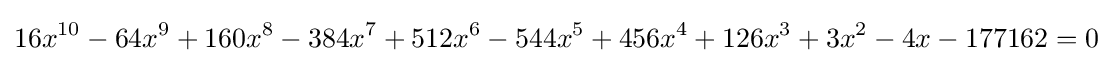
16x^{10}-64x^{9}+160x^{8}-384x^{7}+512x^{6}-544x^{5}+456x^{4}+126x^{3}+3x^{2}-4x-177162=0